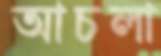
আচলা